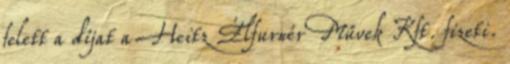
felett a díjat a Heitz Élfurnér Művek Kft. fizeti.